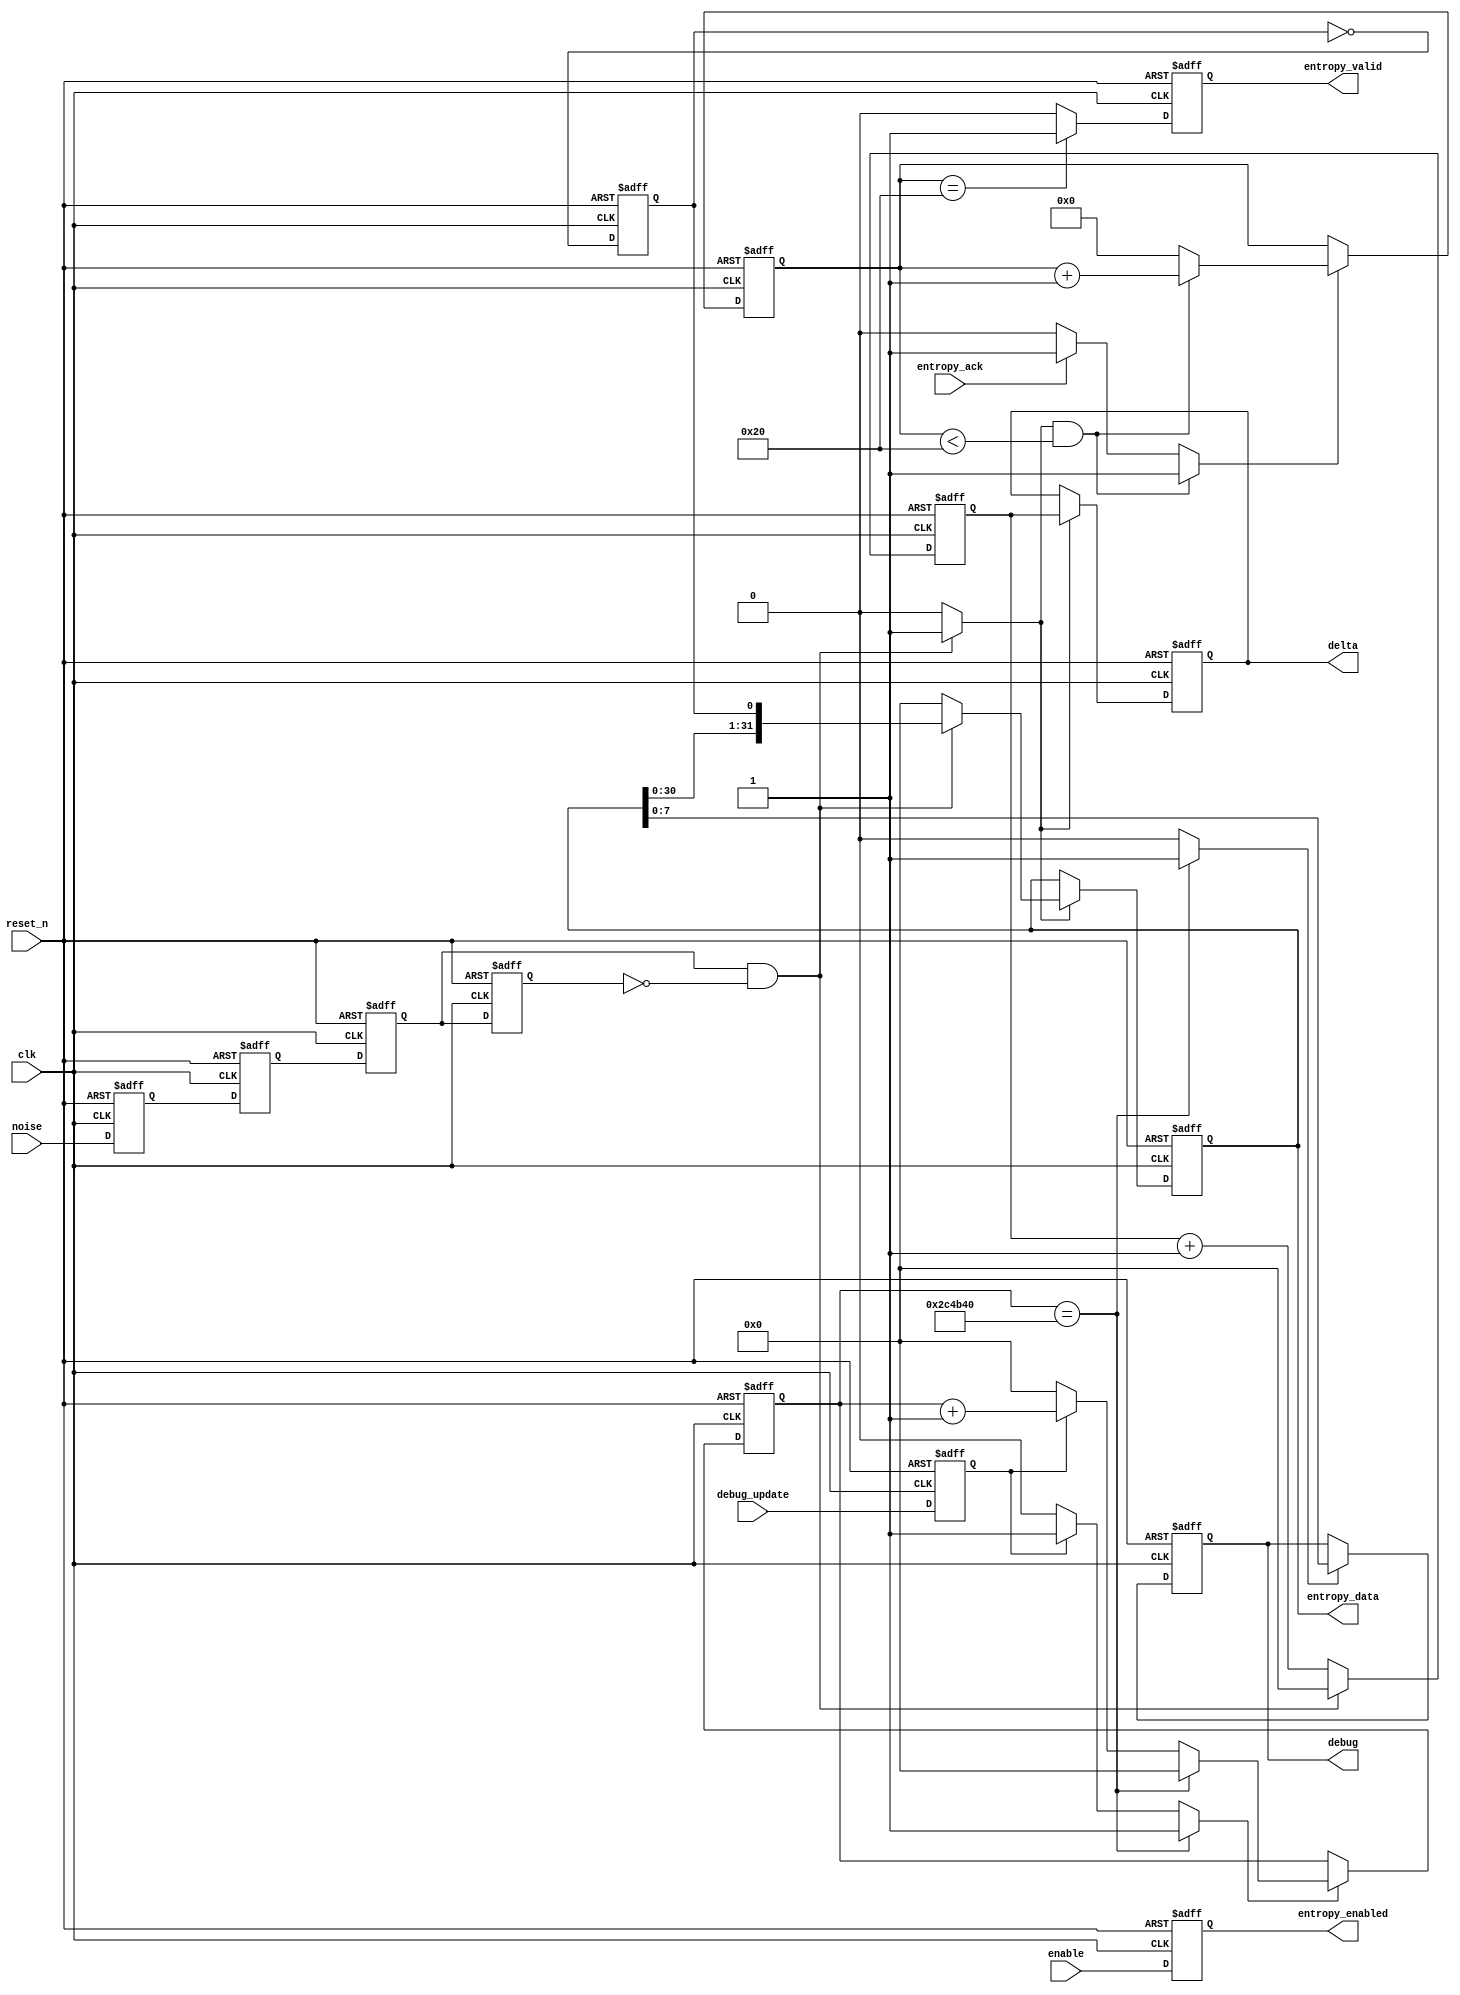
module avalanche_entropy_core(
                              input wire           clk,
                              input wire           reset_n,

                              input wire           noise,

                              input wire           enable,

                              output wire          entropy_enabled,
                              output wire [31 : 0] entropy_data,
                              output wire          entropy_valid,
                              input wire           entropy_ack,

                              output wire [31 : 0] delta,

                              output wire [7 : 0]  debug,
                              input wire           debug_update
                             );


  //----------------------------------------------------------------
  // Internal constant and parameter definitions.
  //----------------------------------------------------------------
  parameter DEBUG_DELAY      = 32'h002c4b40;
  parameter MIN_ENTROPY_BITS = 6'h20;


  //----------------------------------------------------------------
  // Registers including update variables and write enable.
  //----------------------------------------------------------------
  reg          noise_sample0_reg;
  reg          noise_sample_reg;

  reg          flank0_reg;
  reg          flank1_reg;

  reg          entropy_bit_reg;

  reg [31 : 0] entropy_reg;
  reg [31 : 0] entropy_new;
  reg          entropy_we;

  reg          entropy_valid_reg;
  reg          entropy_valid_new;

  reg [5 :  0] bit_ctr_reg;
  reg [5 :  0] bit_ctr_new;
  reg          bit_ctr_inc;
  reg          bit_ctr_we;

  reg          enable_reg;

  reg [31 : 0] cycle_ctr_reg;
  reg [31 : 0] cycle_ctr_new;

  reg [31 : 0] delta_reg;
  reg          delta_we;

  reg [31 : 0] debug_delay_ctr_reg;
  reg [31 : 0] debug_delay_ctr_new;
  reg          debug_delay_ctr_we;

  reg [7 : 0]  debug_reg;
  reg          debug_we;

  reg          debug_update_reg;


  //----------------------------------------------------------------
  // Wires.
  //----------------------------------------------------------------


  //----------------------------------------------------------------
  // Concurrent connectivity for ports etc.
  //----------------------------------------------------------------
  assign entropy_valid   = entropy_valid_reg;
  assign entropy_data    = entropy_reg;

  assign delta           = delta_reg;
  assign debug           = debug_reg;
  assign entropy_enabled = enable_reg;


  //----------------------------------------------------------------
  // reg_update
  //----------------------------------------------------------------
  always @ (posedge clk or negedge reset_n)
    begin
      if (!reset_n)
        begin
          noise_sample0_reg   <= 1'b0;
          noise_sample_reg    <= 1'b0;
          flank0_reg          <= 1'b0;
          flank1_reg          <= 1'b0;
          entropy_valid_reg     <= 1'b0;
          entropy_reg         <= 32'h00000000;
          entropy_bit_reg     <= 1'b0;
          bit_ctr_reg         <= 6'h00;
          cycle_ctr_reg       <= 32'h00000000;
          delta_reg           <= 32'h00000000;
          debug_delay_ctr_reg <= 32'h00000000;
          debug_reg           <= 8'h00;
          debug_update_reg    <= 0;
          enable_reg          <= 0;
        end
      else
        begin
          noise_sample0_reg <= noise;
          noise_sample_reg  <= noise_sample0_reg;

          flank0_reg        <= noise_sample_reg;
          flank1_reg        <= flank0_reg;

          entropy_valid_reg <= entropy_valid_new;
          entropy_bit_reg   <= ~entropy_bit_reg;
          cycle_ctr_reg     <= cycle_ctr_new;

          debug_update_reg  <= debug_update;

          enable_reg        <= enable;

          if (delta_we)
            begin
              delta_reg <= cycle_ctr_reg;
            end

          if (bit_ctr_we)
            begin
              bit_ctr_reg <= bit_ctr_new;
            end

          if (entropy_we)
            begin
              entropy_reg <= entropy_new;
            end

          if (debug_delay_ctr_we)
            begin
              debug_delay_ctr_reg <= debug_delay_ctr_new;
            end

          if (debug_we)
            begin
              debug_reg <= entropy_reg[7 : 0];
            end
        end
    end // reg_update


  //----------------------------------------------------------------
  // debug_out
  //
  // Logic that updates the debug port.
  //----------------------------------------------------------------
  always @*
    begin : debug_out
      debug_delay_ctr_new = 32'h00000000;
      debug_delay_ctr_we  = 0;
      debug_we            = 0;

      if (debug_update_reg)
        begin
          debug_delay_ctr_new = debug_delay_ctr_reg + 1'b1;
          debug_delay_ctr_we  = 1;
        end

      if (debug_delay_ctr_reg == DEBUG_DELAY)
        begin
          debug_delay_ctr_new = 32'h00000000;
          debug_delay_ctr_we  = 1;
          debug_we            = 1;
        end
    end


  //----------------------------------------------------------------
  // entropy_collect
  //
  // We collect entropy by adding the current state of the
  // entropy bit register the entropy shift register every time
  // we detect a positive flank in the noise source.
  //----------------------------------------------------------------
  always @*
    begin : entropy_collect
      entropy_new   = 32'h00000000;
      entropy_we    = 1'b0;
      bit_ctr_inc   = 1'b0;

      if ((flank0_reg) && (!flank1_reg))
        begin
          entropy_new   = {entropy_reg[30 : 0], entropy_bit_reg};
          entropy_we    = 1'b1;
          bit_ctr_inc   = 1'b1;
        end
    end // entropy_collect


  //----------------------------------------------------------------
  // delta_logic
  //
  // The logic implements the delta time measuerment system.
  //----------------------------------------------------------------
  always @*
    begin : delta_logic
      cycle_ctr_new      = cycle_ctr_reg + 1'b1;
      delta_we           = 1'b0;

      if ((flank0_reg) && (!flank1_reg))
        begin
          cycle_ctr_new = 32'h00000000;
          delta_we      = 1'b1;
        end
    end // delta_logic


  //----------------------------------------------------------------
  // entropy_ack_logic
  //
  // The logic needed to handle detection that entropy has been
  // read and ensure that we collect more than 32 entropy
  // bits beforeproviding more entropy.
  //----------------------------------------------------------------
  always @*
    begin : entropy_ack_logic
      bit_ctr_new       = 6'h00;
      bit_ctr_we        = 1'b0;
      entropy_valid_new = 1'b0;

      if (bit_ctr_reg == MIN_ENTROPY_BITS)
        begin
          entropy_valid_new = 1'b1;
        end

      if ((bit_ctr_inc) && (bit_ctr_reg < 6'h20))
        begin
          bit_ctr_new = bit_ctr_reg + 1'b1;
          bit_ctr_we  = 1'b1;
        end
      else if (entropy_ack)
        begin
          bit_ctr_new = 6'h00;
          bit_ctr_we  = 1'b1;
        end
      end // entropy_ack_logic

endmodule